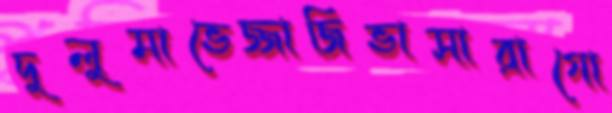
দুলুমাভেজ্জাজিভাসারাগো